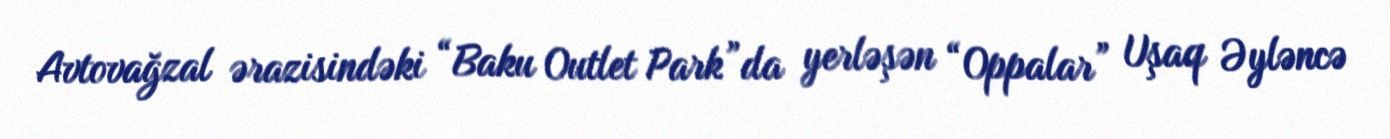
Avtovağzal ərazisindəki “Baku Outlet Park”da yerləşən “Oppalar” Uşaq Əyləncə